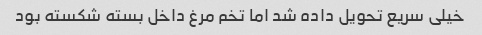
خیلی سریع تحویل داده شد اما تخم مرغ داخل بسته شکسته بود